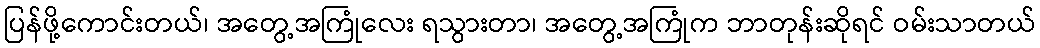
ပြန်ဖို့ကောင်းတယ်၊ အတွေ့အကြုံလေး ရသွားတာ၊ အတွေ့အကြုံက ဘာတုန်းဆိုရင် ဝမ်းသာတယ်